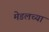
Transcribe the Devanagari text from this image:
मेडलच्या